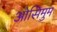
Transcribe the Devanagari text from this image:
ओसिमुम